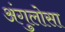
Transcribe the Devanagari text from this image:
अंगुलोसा